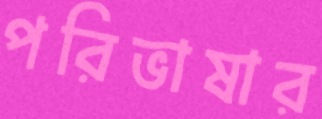
পরিভাষার